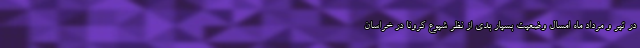
در تیر و مرداد ماه امسال وضعیت بسیار بدی از نظر شیوع کرونا در خراسان